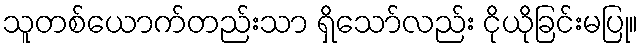
သူတစ်ယောက်တည်းသာ ရှိသော်လည်း ငိုယိုခြင်းမပြု။